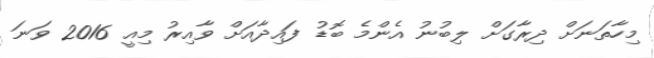
މިހާތަނަށް ދިރާގަށް ލިބުނު އެންމެ ބޮޑު ފައިދާއަށް ވާއިރު މިއީ 2016 ވަނަ